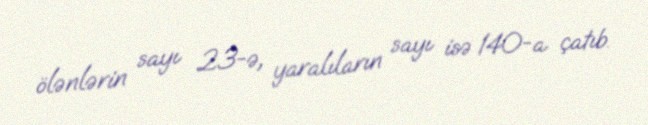
ölənlərin sayı 23-ə, yaralıların sayı isə 140-a çatıb.